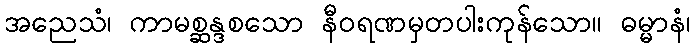
အညေသံ၊ ကာမစ္ဆန္ဒစသော နီဝရဏမှတပါးကုန်သော။ ဓမ္မာနံ၊